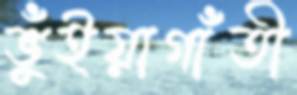
ভুঁইয়াগাঁতী